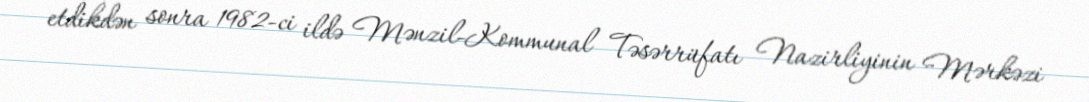
etdikdən sonra 1982-ci ildə Mənzil-Kommunal Təsərrüfatı Nazirliyinin Mərkəzi